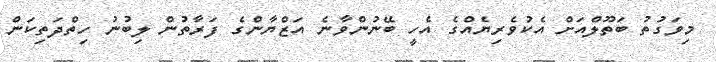
މިވަގުތު ބަތޫލްއަށް އެކުވެރިޔެއްގެ އެހީ ބޭނުންވާނެ އަޒްޔާންގެ ފަރާތުން ލިބުނު ހިތްދަތިކަން